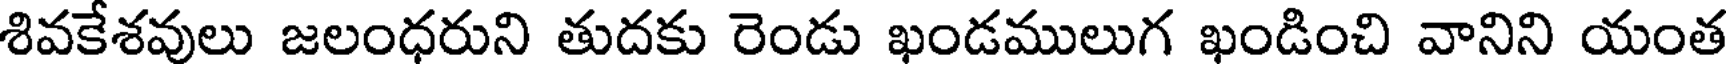
శివకేశవులు జలంధరుని తుదకు రెండు ఖండములుగ ఖండించి వానిని యంత